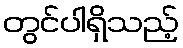
တွင်ပါရှိသည့်